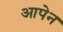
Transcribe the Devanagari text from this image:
आपेन